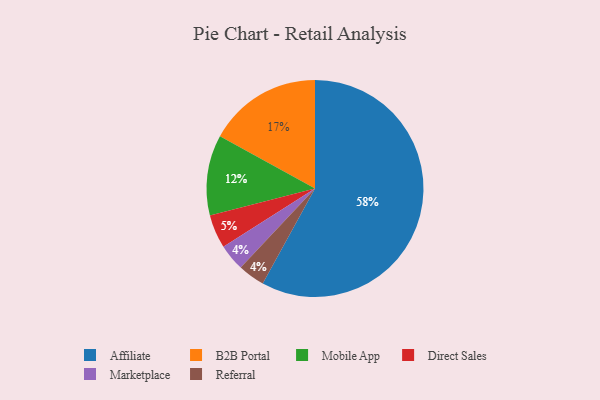
{"axis": {"x": "Category", "y": "Percentage"}, "legend": ["Affiliate", "B2B Portal", "Direct Sales", "Marketplace", "Mobile App", "Referral"], "data": [{"x": "B2B Portal", "y": 17, "type": "B2B Portal"}, {"x": "Affiliate", "y": 58, "type": "Affiliate"}, {"x": "Direct Sales", "y": 5, "type": "Direct Sales"}, {"x": "Mobile App", "y": 12, "type": "Mobile App"}, {"x": "Marketplace", "y": 4, "type": "Marketplace"}, {"x": "Referral", "y": 4, "type": "Referral"}]}